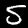
Digit: 5